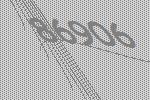
86906